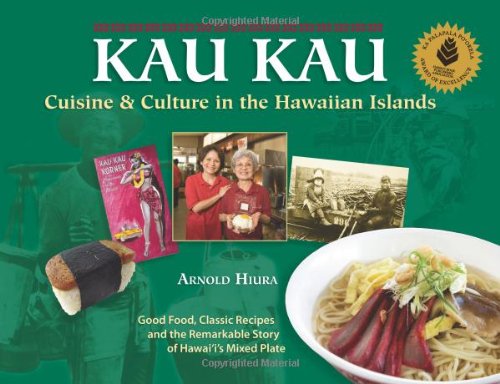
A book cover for Kau Kau: Cuisine & Culture in the Hawaiian Islands; Arnold Hiura; Cookbooks, Food & Wine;